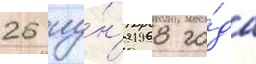
26 иу́н'я 1968 го́да